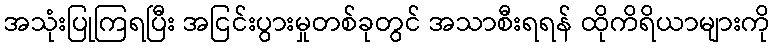
အသုံးပြုကြရပြီး အငြင်းပွားမှုတစ်ခုတွင် အသာစီးရရန် ထိုကိရိယာများကို